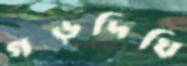
গড়দিঘি